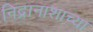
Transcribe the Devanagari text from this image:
निद्रानाशाच्या